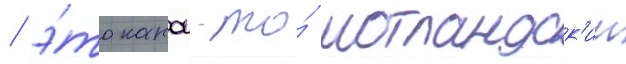
/ э́то какои-то́ шотландск'ии